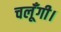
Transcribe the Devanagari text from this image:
चलूँगी।